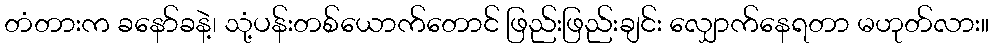
တံတားက ခနော်ခနဲ့၊ သုံ့ပန်းတစ်ယောက်တောင် ဖြည်းဖြည်းချင်း လျှောက်နေရတာ မဟုတ်လား။